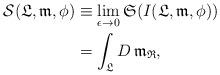
LaTeX: \begin{align*}\mathcal{S}(\mathfrak{L},\mathfrak{m},\phi)&\equiv \lim_{\epsilon\rightarrow 0}\mathfrak{S}(I(\mathfrak{L},\mathfrak{m},\phi))\\&=\int_{\mathfrak{L}}D\,\mathfrak{m}_{\mathfrak{R}},\end{align*}